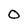
Character: O